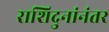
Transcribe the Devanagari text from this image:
राशिदुनांनंतर